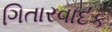
ગિતારવાદક